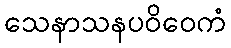
သေနာသနပဝိဝေကံ